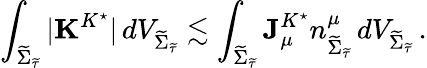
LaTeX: \int_{{\widetilde{\Sigma}_{\widetilde{\tau}}}}|\mathbf{K}^{K^{\star}}|\, dV_{{\widetilde{\Sigma}_{\widetilde{\tau}}}}\lesssim\int_{{\widetilde{\Sigma}_{\widetilde{\tau}}}}\mathbf{J}_{\mu}^{K^{\star}}n_{{\widetilde{\Sigma}_{\widetilde{\tau}}}}^{\mu}\, dV_{{\widetilde{\Sigma}_{\widetilde{\tau}}}}\, .